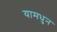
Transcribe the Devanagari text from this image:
यामधुन